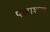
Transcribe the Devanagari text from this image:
पलाशक